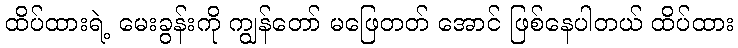
ထိပ်ထားရဲ့ မေးခွန်းကို ကျွန်တော် မဖြေတတ် အောင် ဖြစ်နေပါတယ် ထိပ်ထား